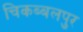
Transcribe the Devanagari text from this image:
चिकब्बलपुर